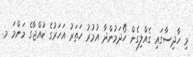
މި ހާދިސާގައި ގެއްލިގެން ހޯދަމުންދާ އުމުރު ހަތަރު އަހަރުގެ ކުއްޖާގެ މަންމަ މ.